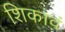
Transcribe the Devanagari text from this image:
शिकावं